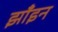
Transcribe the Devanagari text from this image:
झाँइन